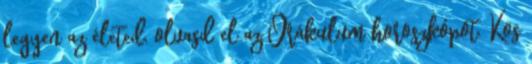
legyen az életed, olvasd el az Orákulum horoszkópot. Kos